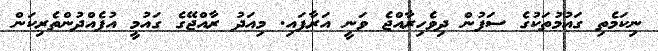
ނިކަމެތި ގައުމުތަކުގެ ސަފުން ދިވެހިރާއްޖެ ވަނީ އަރާފައި. މިއަދު ރާއްޖޭގެ ގައުމީ އުފެއްދުންތެރިކަން